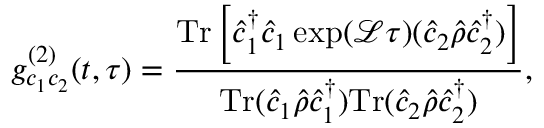
g _ { c _ { 1 } c _ { 2 } } ^ { ( 2 ) } ( t , \tau ) = \frac { \mathrm { T r } \left[ \hat { c } _ { 1 } ^ { \dagger } \hat { c } _ { 1 } \exp ( \mathcal { L } \tau ) ( \hat { c } _ { 2 } \hat { \rho } \hat { c } _ { 2 } ^ { \dagger } ) \right] } { \mathrm { T r } ( \hat { c } _ { 1 } \hat { \rho } \hat { c } _ { 1 } ^ { \dagger } ) \mathrm { T r } ( \hat { c } _ { 2 } \hat { \rho } \hat { c } _ { 2 } ^ { \dagger } ) } ,